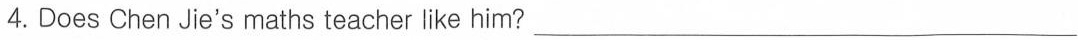
4.Does Chen Jie's maths teacher like him?___